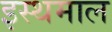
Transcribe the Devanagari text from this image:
इस्थमाल